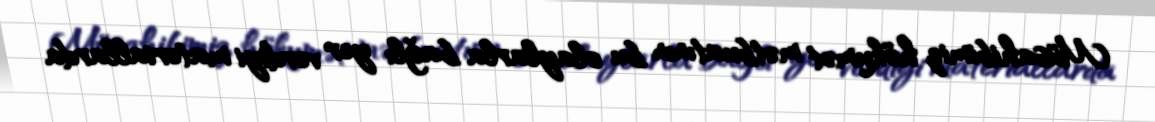
Müsahibimiz hökumət mətbuatının bu olaylarla bağlı yer verdiyi materiallarda